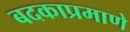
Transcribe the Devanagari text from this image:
बदकाप्रमाणे